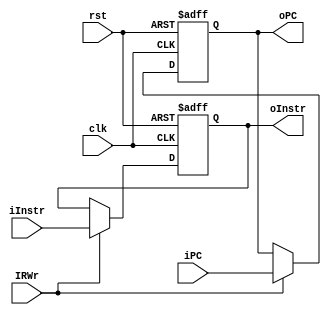
module IF2ID (clk, rst, IRWr, iPC, iInstr, oPC, oInstr);
	input clk;
	input rst;
	input IRWr; 
	input [31:0] iPC;
	output reg [31:0] oPC;
	input [31:0] iInstr;
	output reg [31:0] oInstr;
	
	always @(posedge clk or posedge rst)
	begin
		if ( rst )
		begin
			oPC <= 0;
			oInstr <= 0;
		end
		else if (IRWr)
		begin
			oPC <= iPC;
			oInstr <= iInstr;
		end
	end
	
endmodule